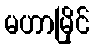
မဟာမြိုင်